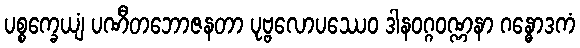
ပစ္စက္ခေယျံ ပဏီတဘောဇနတာ ပုဗ္ဗလောပဿေဝ ဒါနဝဂ္ဂဝဏ္ဏနာ ဂန္ဓောဒကံ